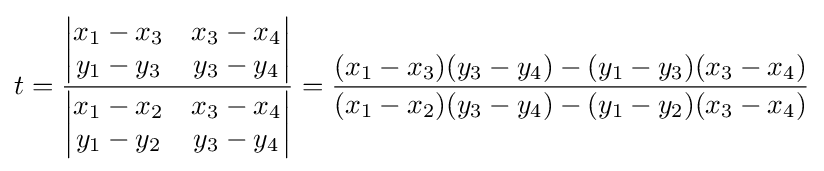
t={\frac {\begin{vmatrix}x_{1}-x_{3}&x_{3}-x_{4}\\y_{1}-y_{3}&y_{3}-y_{4}\end{vmatrix}}{\begin{vmatrix}x_{1}-x_{2}&x_{3}-x_{4}\\y_{1}-y_{2}&y_{3}-y_{4}\end{vmatrix}}}={\frac {(x_{1}-x_{3})(y_{3}-y_{4})-(y_{1}-y_{3})(x_{3}-x_{4})}{(x_{1}-x_{2})(y_{3}-y_{4})-(y_{1}-y_{2})(x_{3}-x_{4})}}